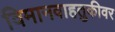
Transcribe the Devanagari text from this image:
विमानवाहतुकीवर